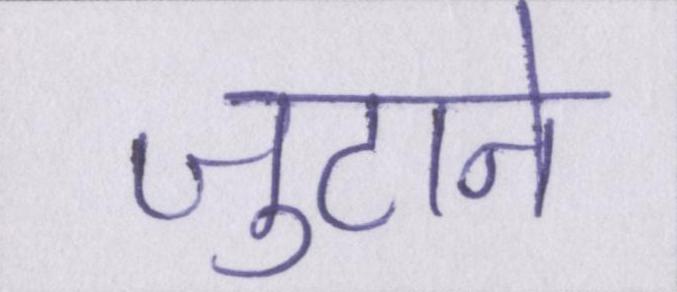
जुटाने